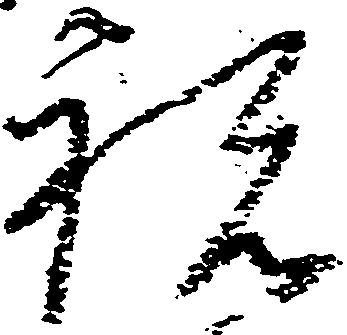
祝